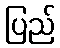
ပြည်